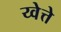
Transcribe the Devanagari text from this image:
य्वेत्ते